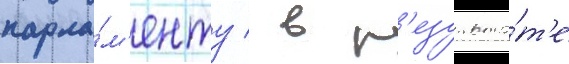
парла́м'енту / в р'езульта́т'е